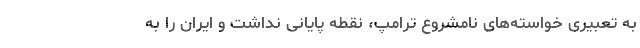
به تعبیری خواسته‌های نامشروع ترامپ، نقطه پایانی نداشت و ایران را به